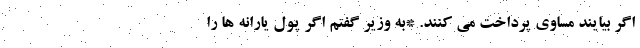
اگر بیایند مساوی پرداخت می کنند. *به وزیر گفتم اگر پول یارانه ها را